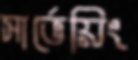
সার্ভেয়িং